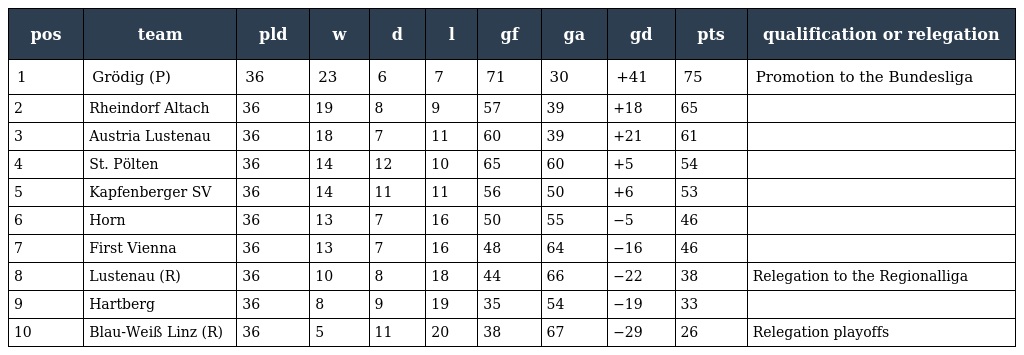
| pos | team | pld | w | d | l | gf | ga | gd | pts | qualification or relegation |
 | --- | --- | --- | --- | --- | --- | --- | --- | --- | --- | --- |
 | 1 | Grödig (P) | 36 | 23 | 6 | 7 | 71 | 30 | +41 | 75 | Promotion to the Bundesliga |
 | 2 | Rheindorf Altach | 36 | 19 | 8 | 9 | 57 | 39 | +18 | 65 |  |
 | 3 | Austria Lustenau | 36 | 18 | 7 | 11 | 60 | 39 | +21 | 61 |  |
 | 4 | St. Pölten | 36 | 14 | 12 | 10 | 65 | 60 | +5 | 54 |  |
 | 5 | Kapfenberger SV | 36 | 14 | 11 | 11 | 56 | 50 | +6 | 53 |  |
 | 6 | Horn | 36 | 13 | 7 | 16 | 50 | 55 | −5 | 46 |  |
 | 7 | First Vienna | 36 | 13 | 7 | 16 | 48 | 64 | −16 | 46 |  |
 | 8 | Lustenau (R) | 36 | 10 | 8 | 18 | 44 | 66 | −22 | 38 | Relegation to the Regionalliga |
 | 9 | Hartberg | 36 | 8 | 9 | 19 | 35 | 54 | −19 | 33 |  |
 | 10 | Blau-Weiß Linz (R) | 36 | 5 | 11 | 20 | 38 | 67 | −29 | 26 | Relegation playoffs |